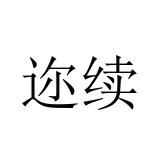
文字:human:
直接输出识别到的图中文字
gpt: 迩续